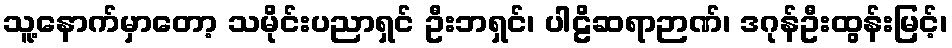
သူ့နောက်မှာတော့ သမိုင်းပညာရှင် ဦးဘရှင်၊ ပါဠိဆရာဉာဏ်၊ ဒဂုန်ဦးထွန်းမြင့်၊